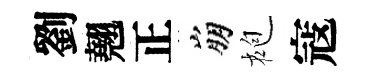
劉翹正崩袍寇